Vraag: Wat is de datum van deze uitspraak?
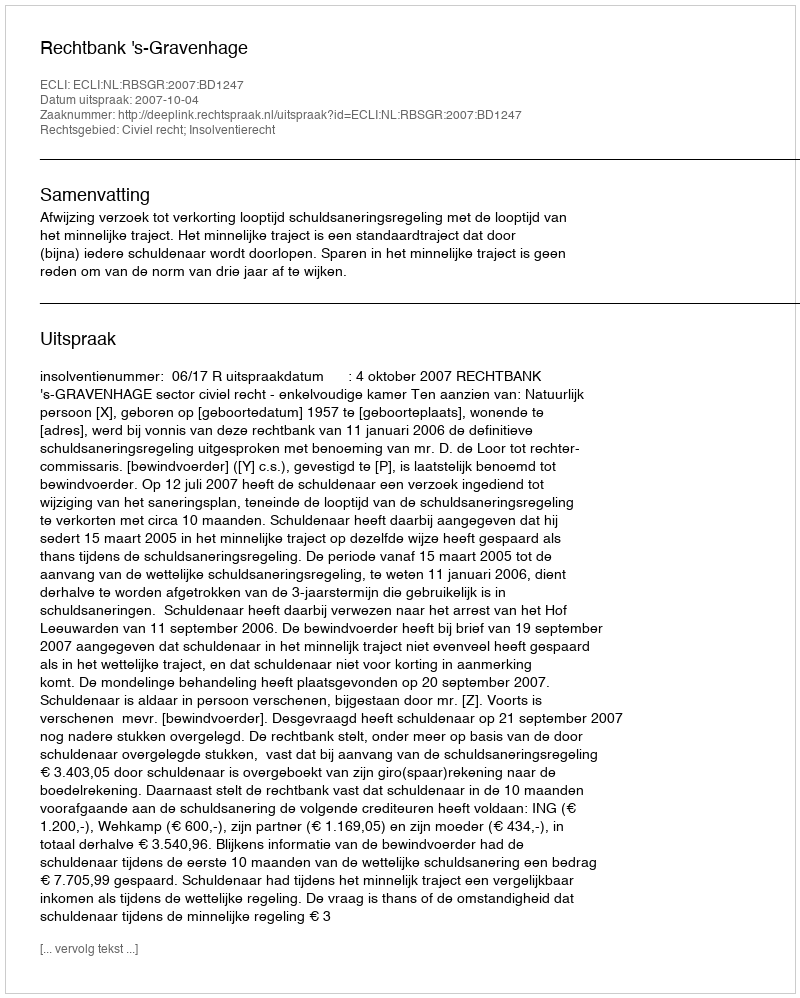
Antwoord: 2007-10-04